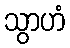
သွာဟံ